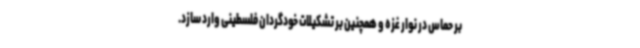
بر حماس در نوار غزه و همچنین بر تشکیلات خودگردان فلسطینی وارد سازد.